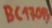
Text: BC176B